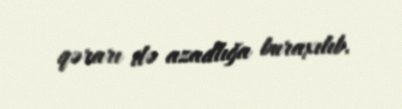
qərarı ilə azadlığa buraxılıb.